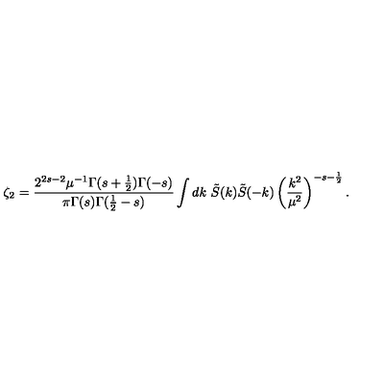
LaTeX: \zeta _ { 2 } = \frac { 2 ^ { 2 s - 2 } \mu ^ { - 1 } \Gamma ( s + \frac { 1 } { 2 } ) \Gamma ( - s ) } { \pi \Gamma ( s ) \Gamma ( \frac 1 2 - s ) } \int d k \ \tilde { S } ( k ) \tilde { S } ( - k ) \left( \frac { k ^ { 2 } } { \mu ^ { 2 } } \right) ^ { - s - \frac { 1 } { 2 } } .